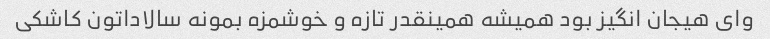
وای هیجان انگیز بود همیشه همینقدر تازه و خوشمزه بمونه سالاداتون کاشکی